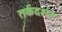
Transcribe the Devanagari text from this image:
तर्कदर्शन